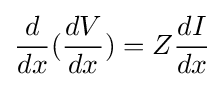
{\frac {d}{dx}}({\frac {dV}{dx}})=Z{\frac {dI}{dx}}